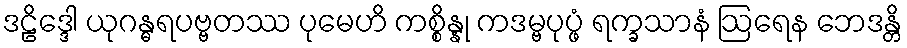
ဒဠိဒ္ဒေါ ယုဂန္ဓရပဗ္ဗတဿ ပုမေဟိ ကစ္စိန္နု ကဒမ္ဗပုပ္ဖံ ရက္ခသာနံ ဩရေန ဘေဒန္တိ